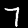
Label: 7